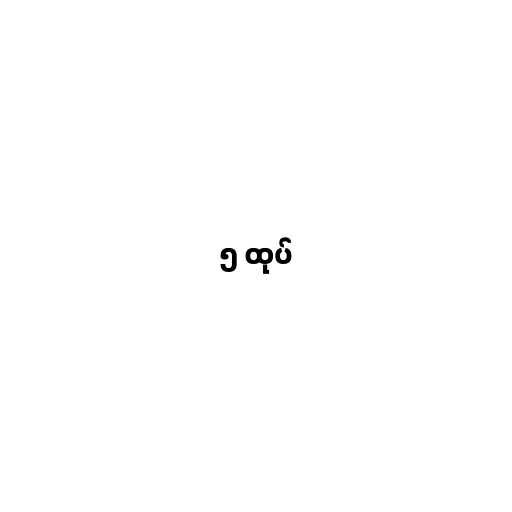
၅ ထုပ်